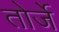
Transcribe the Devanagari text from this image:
तोर्जे